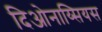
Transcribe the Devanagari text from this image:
दिओनाय्सियस